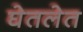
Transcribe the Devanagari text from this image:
घेतलेत